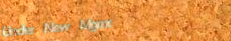
Under New Mgmt